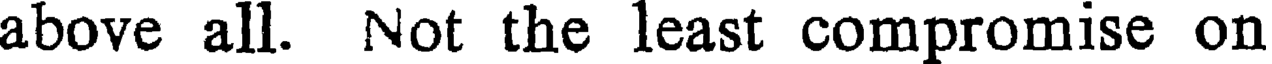
above all. Not the least compromise on